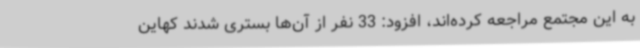
به این مجتمع مراجعه کرده‌اند، افزود: 33 نفر از آن‌ها بستری شدند کهاین